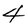
Character: 4